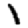
Digit: 1